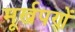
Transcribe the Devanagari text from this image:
मूर्खपणें